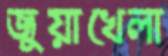
জুয়াখেলা